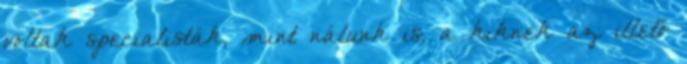
voltak specialisták, mint nálunk is, a kiknek az illető